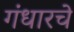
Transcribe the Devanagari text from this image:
गंधारचे